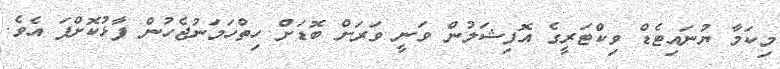
މިކަމާ ޔުނައިޓެޑް ވިކްޓަރީގެ އޮފިޝަލުން ވަނީ ވަރަށް ބޮޑަށް ހިތްހަމަނުޖެހުން ފާޅުކޮށްފަ އެވެ.